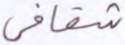
شقاقي